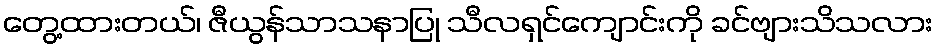
တွေ့ထားတယ်၊ ဇီယွန်သာသနာပြု သီလရှင်ကျောင်းကို ခင်ဗျားသိသလား